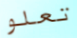
تعلو